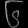
Digit: ၆